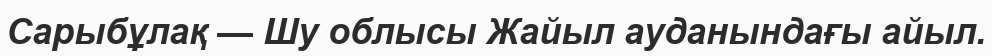
Сарыбұлақ — Шу облысы Жайыл ауданындағы айыл.